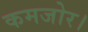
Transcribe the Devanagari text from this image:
कमजोर।